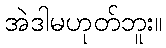
အဲဒါမဟုတ်ဘူး။